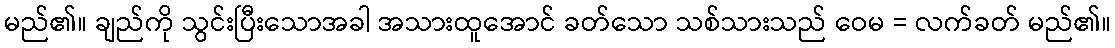
မည်၏။ ချည်ကို သွင်းပြီးသောအခါ အသားထူအောင် ခတ်သော သစ်သားသည် ဝေမ = လက်ခတ် မည်၏။